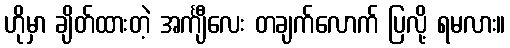
ဟိုမှာ ချိတ်ထားတဲ့ အင်္ကျီလေး တချက်လောက် ပြလို့ ရမလား။